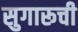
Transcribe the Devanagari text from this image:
सुगारूची